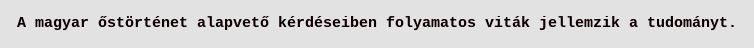
A magyar őstörténet alapvető kérdéseiben folyamatos viták jellemzik a tudományt.